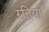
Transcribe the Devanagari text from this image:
रतियां